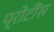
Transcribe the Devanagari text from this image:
प्रोटींस